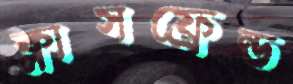
ক্লাসফ্রেন্ড